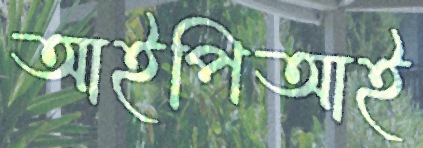
আইপিআই